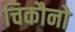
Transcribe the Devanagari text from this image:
चिकौनो